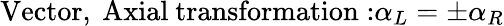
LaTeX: \mathrm{Vector,~Axial~transformation:}\alpha_{L}=\pm\alpha_{R}